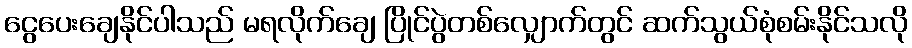
ငွေပေးချေနိုင်ပါသည် မရလိုက်ချေ ပြိုင်ပွဲတစ်လျှောက်တွင် ဆက်သွယ်စုံစမ်းနိုင်သလို